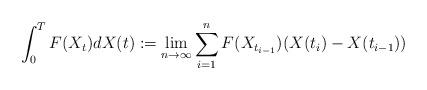
LaTeX: \begin{align*} \int_0^T F(X_{t}) dX(t) := \lim_{n\rightarrow \infty} \sum_{i=1}^{n} F(X_{t_{i-1}})(X(t_{i})-X(t_{i-1})) \end{align*}